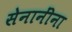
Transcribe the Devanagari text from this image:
सेनानींना